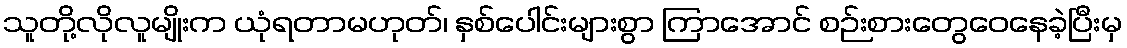
သူတို့လိုလူမျိုးက ယုံရတာမဟုတ်၊ နှစ်ပေါင်းများစွာ ကြာအောင် စဉ်းစားတွေဝေနေခဲ့ပြီးမှ